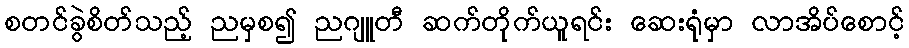
စတင်ခွဲစိတ်သည့် ညမှစ၍ ညဂျူတီ ဆက်တိုက်ယူရင်း ဆေးရုံမှာ လာအိပ်စောင့်